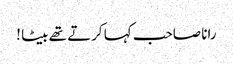
رانا صاحب کہا کرتے تھے بیٹا !